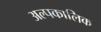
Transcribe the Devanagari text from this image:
अल्‍पकालिक